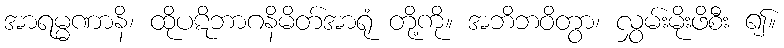
အာရမ္မဏာနိ၊ ထိုပဋိဘာဂနိမိတ်အာရုံ တို့ကို။ အဘိဘဝိတွာ၊ လွှမ်းမိုးဖိစီး ၍။